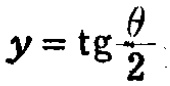
\(y = \mathrm{tg} \frac{\theta}{2}\)